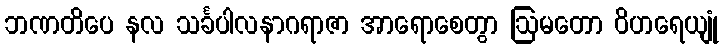
ဘဏတိပေ နလ သင်္ခပါလနာဂရာဇာ အာရောစေတွာ ဩမတော ဝိဟရေယျုံ